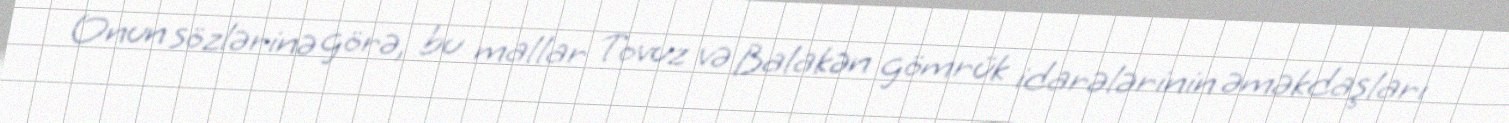
Onun sözlərinə görə, bu mallar Tovuz və Balakən gömrük idarələrinin əməkdaşları